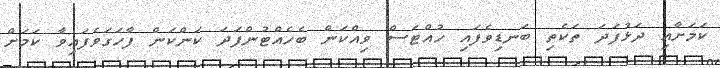
ކަމަށާއި ދަޅުފަދަ ތަކެތި ބަނޑިވެފައި ހުއްޓަސް ވިއްކަން ބެހެއްޓުންފަދަ ކަންކަން ފާހަގަވެފައިވާ ކަމަށް